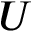
U